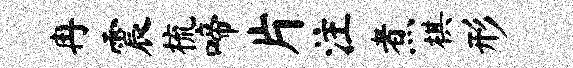
冉震梳啼片注煮棋形